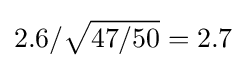
2.6/{\sqrt {47/50}}=2.7